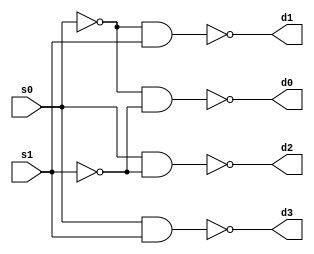
`timescale 1ns / 1ps
//////////////////////////////////////////////////////////////////////////////////
// Company: 
// Engineer: 
// 
// Design Name: 
// Module Name:    actlowor 
// Project Name: 
// Target Devices: 
// Tool versions: 
// Description: 
//
// Dependencies: 
//
// Revision: 
// Revision 0.01 - File Created
// Additional Comments: 
//
//////////////////////////////////////////////////////////////////////////////////
module actlowor(input s0,
    input s1,
    output d0,
    output d1,
    output d2,
    output d3
    );
	 wire w1,w2;
	 not(w1,s0);
	 not(w2,s1);
	 nand(d0,w1,w2);
	 nand(d1,w1,s1);
	 nand(d2,s0,w2);
	 nand(d3,s0,s1);



endmodule